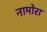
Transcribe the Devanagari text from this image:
नामोरा